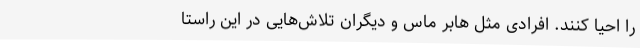
را احیا کنند. افرادی مثل هابر ماس و دیگران تلاش‌هایی در این راستا